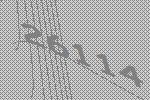
26114